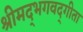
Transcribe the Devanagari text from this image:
श्रीमद्‍भगवद्‍गीता